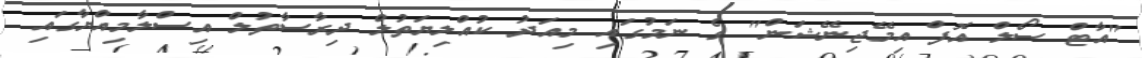
"އާޓް ސޯލް އޮފް އިމޭޖިނޭޝަން" ގެ ނަމުގައި މިއަދު ކުއްލިޔަތުލް ދިރާސާތުލް އިސްލާމިއްޔާގައި